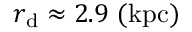
r _ { \mathrm { { \scriptsize d } } } \approx 2 . 9 ~ \mathrm { ( k p c ) }